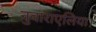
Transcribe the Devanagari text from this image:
नुवाराएलिया।